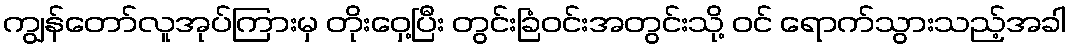
ကျွန်တော်လူအုပ်ကြားမှ တိုးဝှေ့ပြီး တွင်းခြံဝင်းအတွင်းသို့ ဝင် ရောက်သွားသည့်အခါ